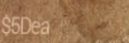
$5Deal